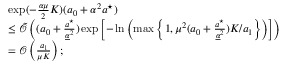
\begin{array} { r l } & { \exp ( - \frac { \alpha \mu } { 2 } K ) ( a _ { 0 } + \alpha ^ { 2 } a ^ { \star } ) } \\ & { \leq \tilde { \mathcal { O } } \left( ( a _ { 0 } + \frac { a ^ { \star } } { \underline { { \alpha } } ^ { 2 } } ) \exp \left[ - \ln \left( \operatorname* { m a x } \left\{ 1 , \mu ^ { 2 } ( a _ { 0 } + \frac { a ^ { \star } } { \underline { { \alpha } } ^ { 2 } } ) K / a _ { 1 } \right\} \right) \right] \right) } \\ & { = \mathcal { O } \left( \frac { a _ { 1 } } { \mu K } \right) ; } \end{array}